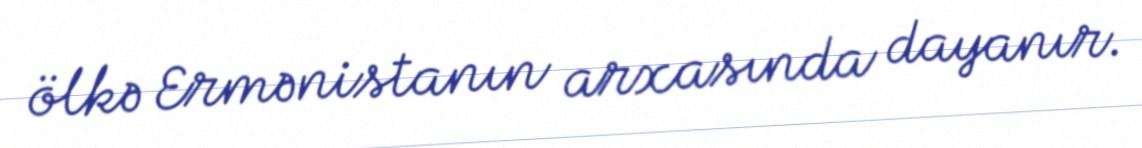
ölkə Ermənistanın arxasında dayanır.